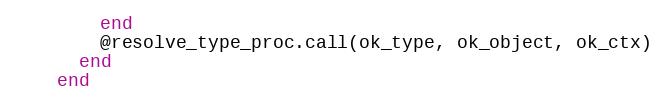
Language: Ruby
        end
        @resolve_type_proc.call(ok_type, ok_object, ok_ctx)
      end
    end